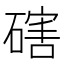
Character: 磍